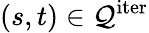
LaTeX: (s,t)\in\mathcal{Q}^{\mathrm{iter}}